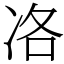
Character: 𠗂